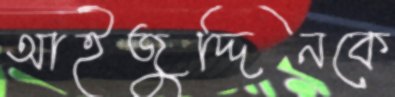
আইজুদ্দিনকে